Document type: payment_order
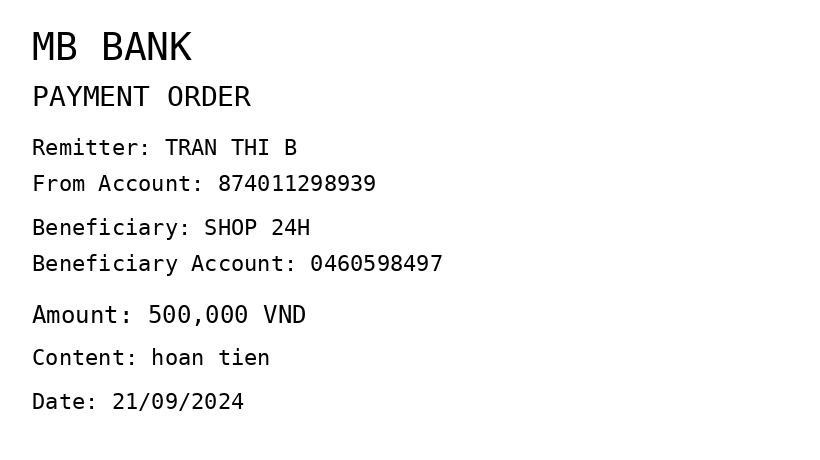
OCR transcript:
MB BANK
PAYMENT ORDER
Remitter: TRAN THI B
From Account: 874011298939
Beneficiary: SHOP 24H
Beneficiary Account: 0460598497
Amount: 500,000 VND
Content: hoan tien
Date: 21/09/2024
Extracted fields:
bank_name: mb bank
sender_name: tran thi b
sender_account: 874011298939
beneficiary_name: shop 24h
beneficiary_account: 0460598497
amount: 500000
content: hoan tien
date: 2024-09-21